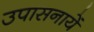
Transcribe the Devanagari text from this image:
उपासनायें